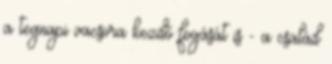
a tegnapi vacsora kezdő fogását is - a család